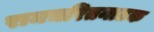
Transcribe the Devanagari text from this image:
रामचरितनाटक